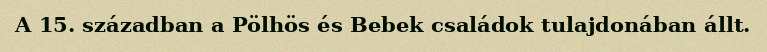
A 15. században a Pölhös és Bebek családok tulajdonában állt.